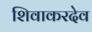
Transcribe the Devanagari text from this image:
शिवाकरदेव